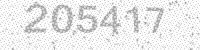
Solution: 205417